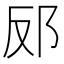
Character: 𮟬